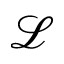
\mathcal { L }